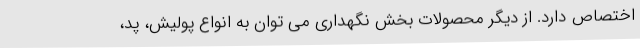
اختصاص دارد. از دیگر محصولات بخش نگهداری می توان به انواع پولیش، پد،